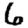
Digit: 6